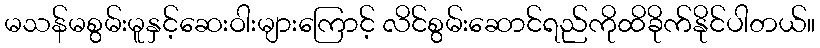
မသန်မစွမ်းမူနှင့်ဆေးဝါးများကြောင့် လိင်စွမ်းဆောင်ရည်ကိုထိခိုက်နိုင်ပါတယ်။